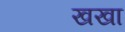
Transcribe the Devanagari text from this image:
खखा